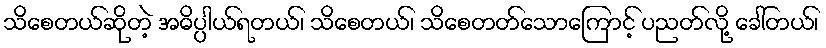
သိစေတယ်ဆိုတဲ့ အဓိပ္ပါယ်ရတယ်၊ သိစေတယ်၊ သိစေတတ်သောကြောင့် ပညတ်လို့ ခေါ်တယ်၊